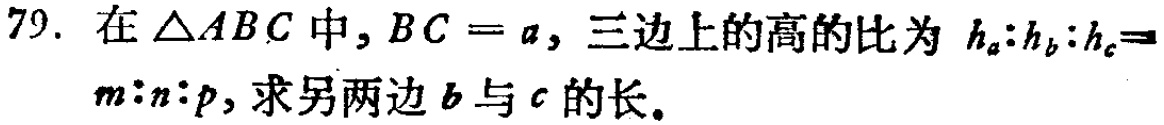
79. 在$\triangle ABC$中，$BC = a$，三边上的高的比为$h_{a}:h_{b}:h_{c}=m:n:p$，求另两边$b$与$c$的长。